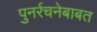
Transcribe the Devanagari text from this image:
पुनर्रचनेबाबत